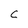
Character: c